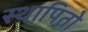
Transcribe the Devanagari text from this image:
स्थापितो